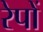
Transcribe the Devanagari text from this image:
रेपों